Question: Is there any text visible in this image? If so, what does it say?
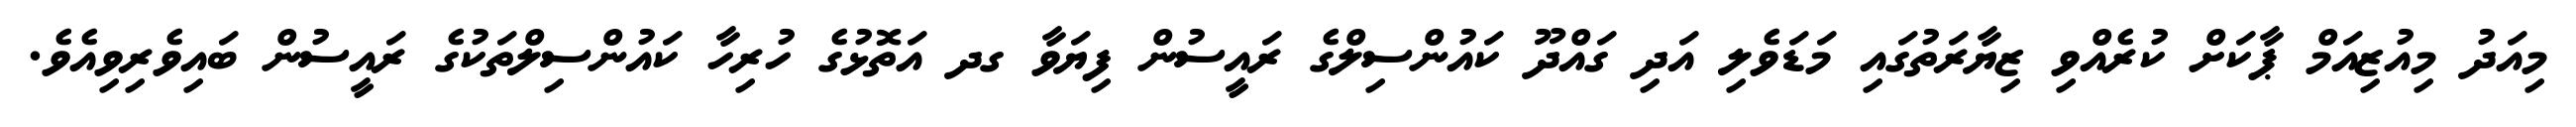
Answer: މިއަދު މިއުޒިއަމް ޕާކަށް ކުރެއްވި ޒިޔާރަތުގައި މަޑަވެލި އަދި ގައްދޫ ކައުންސިލްގެ ރައީސުން ފިޔަވާ ގދ އަތޮޅުގެ ހުރިހާ ކައުންސިލްތަކުގެ ރައީސުން ބައިވެރިވިއެވެ.